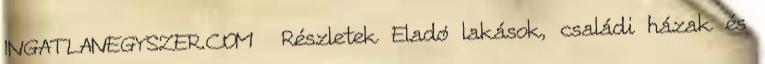
INGATLANEGYSZER.COM Részletek Eladó lakások, családi házak és